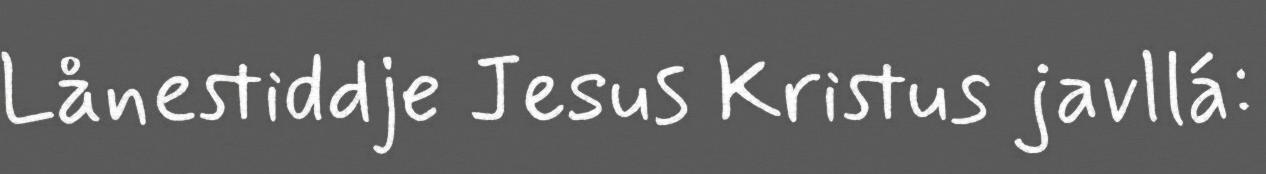
Lånestiddje Jesus Kristus javllá: